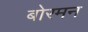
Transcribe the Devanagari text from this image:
बोरमन